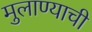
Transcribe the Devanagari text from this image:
मुलाण्याची